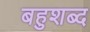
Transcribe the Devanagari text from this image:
बहुशब्द